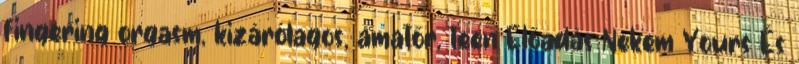
fingering orgasm, kizárólagos, amatőr, teen Előadás Nekem Yours És